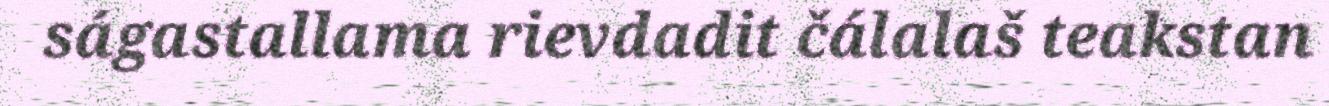
ságastallama rievdadit čálalaš teakstan